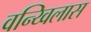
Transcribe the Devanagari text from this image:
वन्य्विलास